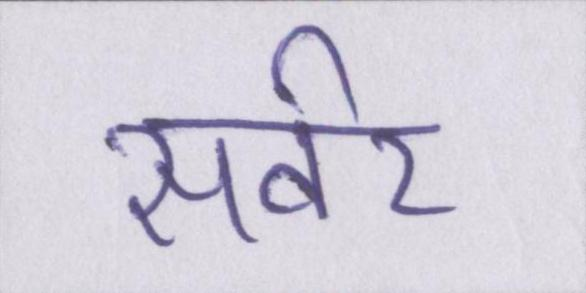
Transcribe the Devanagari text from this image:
सर्वर